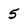
Character: 5